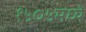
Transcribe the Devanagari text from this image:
१५०५मध्ये